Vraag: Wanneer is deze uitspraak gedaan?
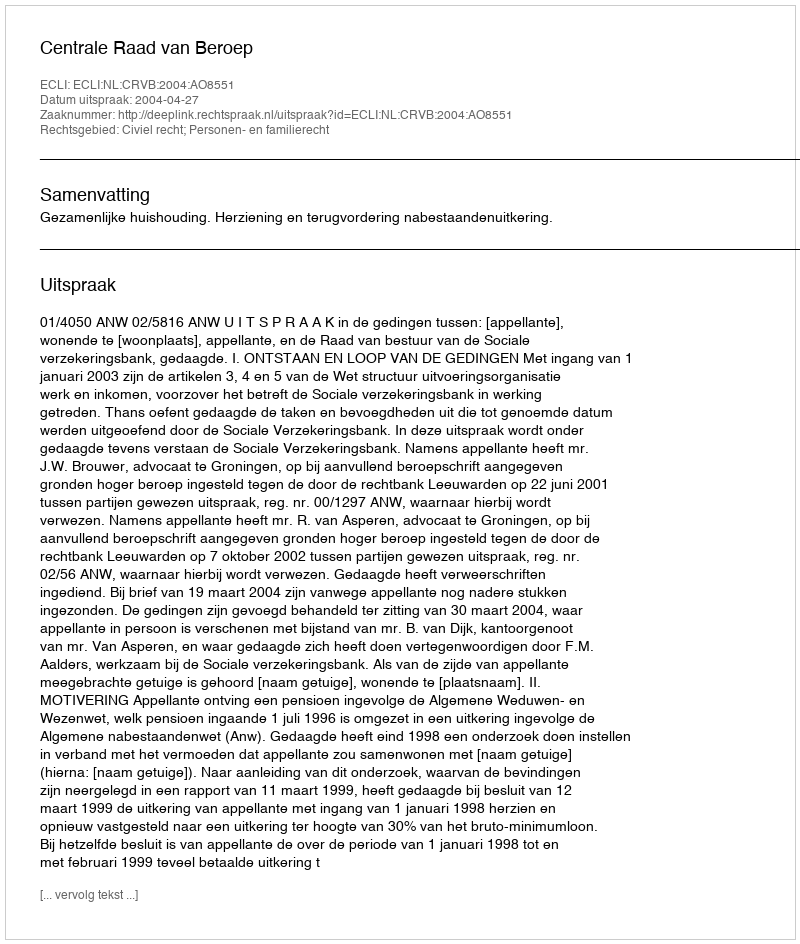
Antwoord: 2004-04-27